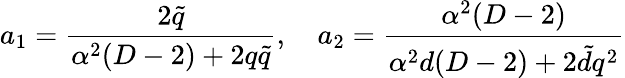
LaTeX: a_{1}=\frac{2\tilde{q}}{\alpha^{2}(D-2)+2q\tilde{q}},~~~~a_{2}=\frac{\alpha^{2}(D-2)}{\alpha^{2}d(D-2)+2\tilde{d}q^{2}}